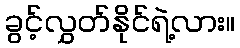
ခွင့်လွှတ်နိုင်ရဲ့လား။